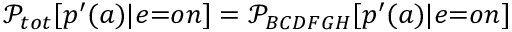
\mathcal { P } _ { { t o t } } [ p ^ { \prime } ( a ) | { e } { = } { o n } ] = \mathcal { P } _ { B C D F G H } [ p ^ { \prime } ( a ) | { e } { = } { o n } ]